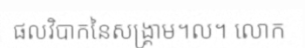
ផលវិបាកនៃសង្គ្រាម។ល។ លោក